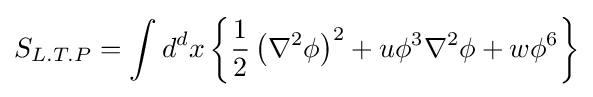
\displaystyle S_{L.T.P}=\int d^{d}x\left\{{\frac {1}{2}}\left(\nabla ^{2}\phi \right)^{2}+u\phi ^{3}\nabla ^{2}\phi +w\phi ^{6}\right\}